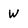
Character: W